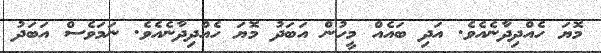
މޮޔަ ހެއްދިދާނެއެވެ. އަދި ބައެއް މީހުން އަބަދު މޮޔަ ހެއްދިދާނެއެވެ. ނަމަވެސް އަބަދު